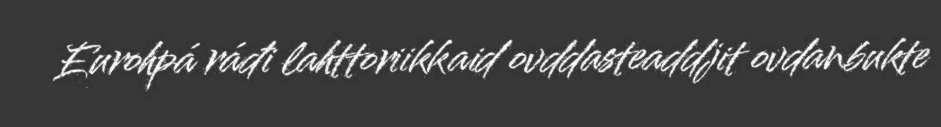
Eurohpá ráđi lahttoriikkaid ovddasteaddjit ovdanbukte